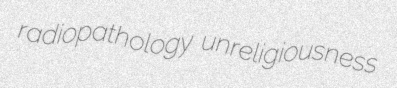
radiopathology unreligiousness